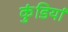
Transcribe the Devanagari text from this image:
कुंडियां